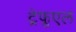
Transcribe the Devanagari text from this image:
ट्रेफूएल